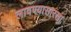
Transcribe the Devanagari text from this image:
लावण्यासारखा